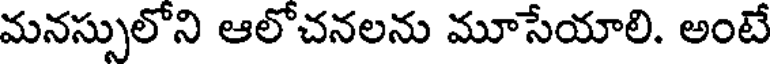
మనస్సులోని ఆలోచనలను మూసేయాలి. అంటే